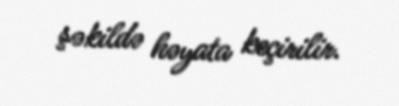
şəkildə həyata keçirilir.